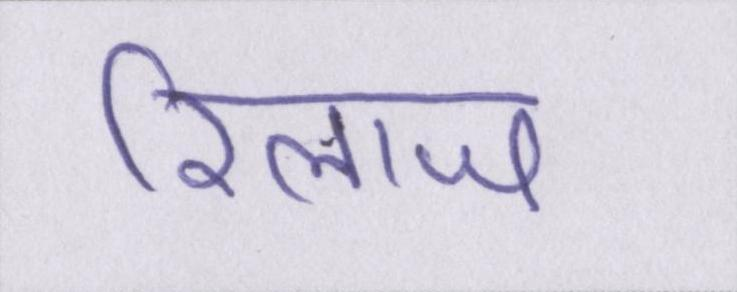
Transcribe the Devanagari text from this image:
रिलाज